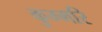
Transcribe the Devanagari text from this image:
कुम्मरि